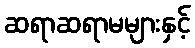
ဆရာဆရာမများနှင့်